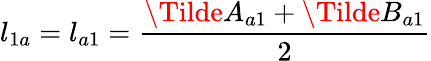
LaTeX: l_{1a}=l_{a1}=\frac{\Tilde{A}_{a1}+\Tilde{B}_{a1}}{2}